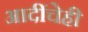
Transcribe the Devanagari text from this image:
आदींचेही